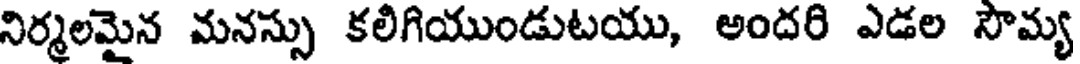
నిర్మలమైన మనస్సు కలిగియుండుటయు, అందరి ఎడల సౌమ్య